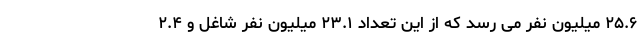
۲۵.۶ میلیون نفر می رسد که از این تعداد ۲۳.۱ میلیون نفر شاغل و ۲.۴